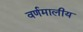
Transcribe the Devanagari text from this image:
वर्णमालीय